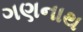
ગણનાથ